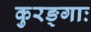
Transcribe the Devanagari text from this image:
कुरङ्गाः